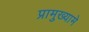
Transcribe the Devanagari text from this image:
प्रामुख्यामे